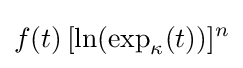
f(t)\,[\ln(\exp _{\kappa }(t))]^{n}